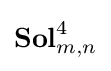
\mathbf {Sol} _{m,n}^{4}